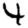
Digit: 4